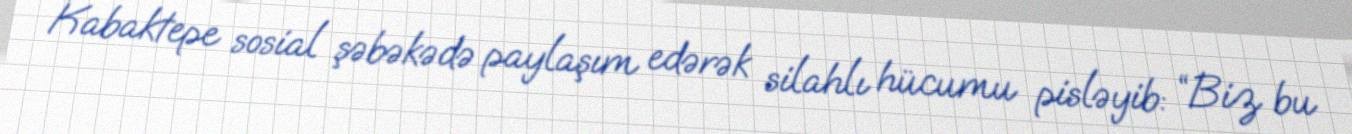
Kabaktepe sosial şəbəkədə paylaşım edərək silahlı hücumu pisləyib: “Biz bu